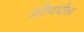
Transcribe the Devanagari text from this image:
प्रतिवादीला